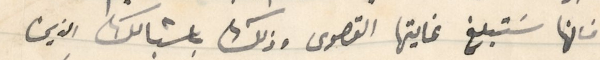
فانها سَتبلغ غايتها القصوى وذلك باشبالك الذين